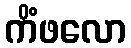
ကိံဖလော